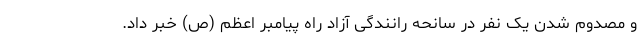
و مصدوم شدن یک نفر در سانحه رانندگی آزاد راه پیامبر اعظم (ص) خبر داد.